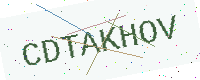
Text: CDTAKHOV